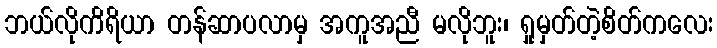
ဘယ်လိုကိရိယာ တန်ဆာပလာမှ အကူအညီ မလိုဘူး၊ ရှုမှတ်တဲ့စိတ်ကလေး